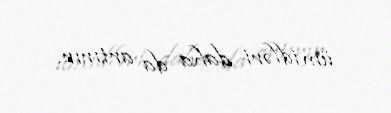
ümidləri daha da artırır.